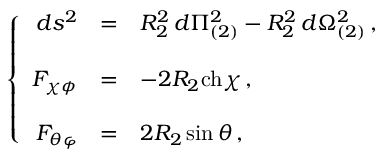
\left\{ \begin{array} { r c l } { { d s ^ { 2 } } } & { { = } } & { { R _ { 2 } ^ { 2 } \, d \Pi _ { ( 2 ) } ^ { 2 } - R _ { 2 } ^ { 2 } \, d \Omega _ { ( 2 ) } ^ { 2 } \, , } } \\ { { } } & { { } } & { { } } \\ { { F _ { \chi \phi } } } & { { = } } & { { - 2 R _ { 2 } \mathrm { c h } \chi \, , } } \\ { { } } & { { } } & { { } } \\ { { F _ { \theta \varphi } } } & { { = } } & { { 2 R _ { 2 } \sin { \theta } \, , } } \end{array} \right.